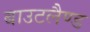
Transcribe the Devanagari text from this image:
बाउटलैण्ड